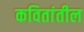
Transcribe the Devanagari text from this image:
कवितांतील